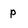
Character: p